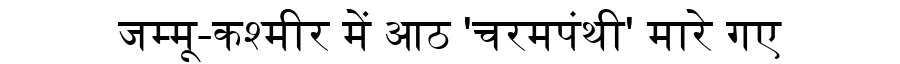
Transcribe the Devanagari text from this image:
जम्मू-कश्मीर में आठ 'चरमपंथी' मारे गए